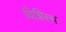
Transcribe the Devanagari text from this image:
विशिस्थ